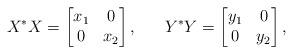
LaTeX: \begin{align*}X^* X = \begin{bmatrix} x_1 & 0 \\ 0 & x_2 \end{bmatrix}, \ \ \ \ \ Y^* Y = \begin{bmatrix} y_1 & 0 \\ 0 & y_2 \end{bmatrix}, \end{align*}